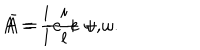
A = \frac { i } { l } e + \omega , \hspace { 1 0 m m } \bar { A } = - \frac { i } { l } e + \omega .